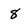
Character: 8